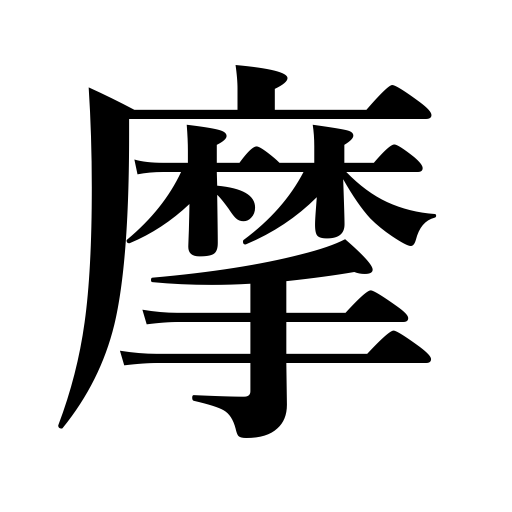
Meanings: grind,be equal to,graze,rub off,rub,be about to reach,scrape,polish